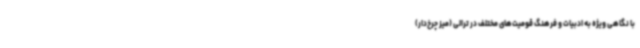
با نگاهی ویژه به ادبیات و فرهنگ قومیت‌های مختلف در ترالی (میز چرخ‌دار)